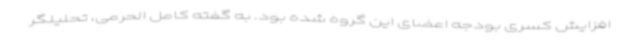
افزایش کسری بودجه اعضای این گروه شده بود. به گفته کامل الحرمی، تحلیلگر